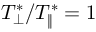
T _ { \perp } ^ { * } / T _ { \| } ^ { * } = 1